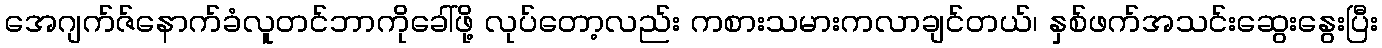
အေဂျက်ဇ်နောက်ခံလူတင်ဘာကိုခေါ်ဖို့ လုပ်တော့လည်း ကစားသမားကလာချင်တယ်၊ နှစ်ဖက်အသင်းဆွေးနွေးပြီး